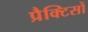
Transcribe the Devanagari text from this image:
प्रैक्टिसों